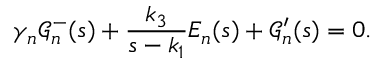
\gamma _ { n } \mathcal { G } _ { n } ^ { - } ( s ) + \frac { k _ { 3 } } { s - k _ { 1 } } E _ { n } ( s ) + \mathcal { G } _ { n } ^ { \prime } ( s ) = 0 .